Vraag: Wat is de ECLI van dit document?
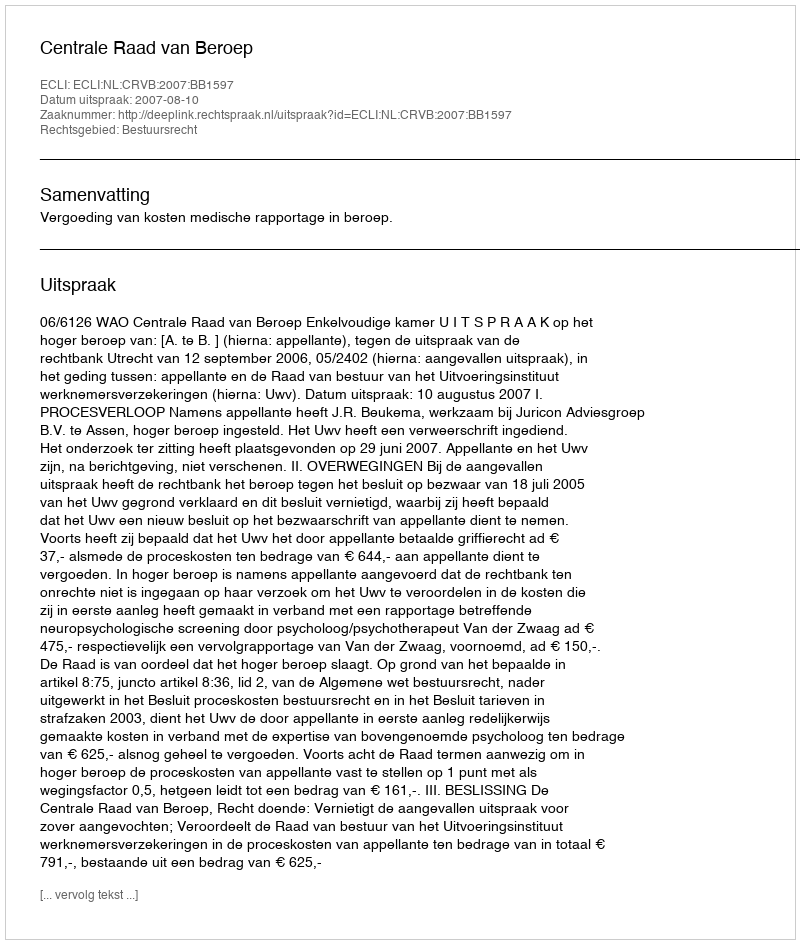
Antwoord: ECLI:NL:CRVB:2007:BB1597